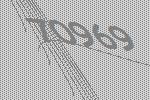
70969